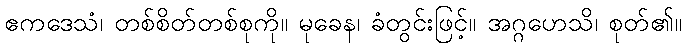
ဧကဒေသံ၊ တစ်စိတ်တစ်စုကို။ မုခေန၊ ခံတွင်းဖြင့်။ အဂ္ဂဟေသိ၊ စုတ်၏။